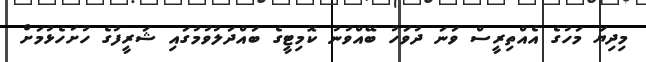
މިދިޔަ މަހުގެ އެއްތިރީސް ވަނަ ދުވަހު ބޭއްވުނު ކޮމިޓީގެ ބައްދަލުވުމުގައި ޝަރީފުގެ ހުށަހެޅުމަށް